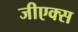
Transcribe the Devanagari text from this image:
जीएक्स